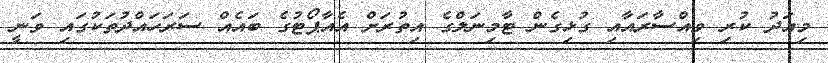
މިއަދު ކުރި ވިއްސާރައާއި ގުޅިގެން ޓާމިނަލްގެ އިތުރަށް އެއާޕޯޓުގެ ބައެއް ސަރަހައްދުތަކުގައި ވަނީ